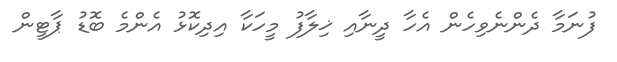
ފުނަމާ ދެންނެވިހެން އެހާ ދީނާއި ޚިލާފު މީހަކާ އިދިކޮޅު އެންމެ ބޮޑު ޕާޓީން